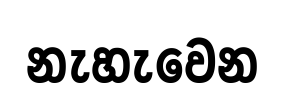
නැහැවෙන